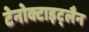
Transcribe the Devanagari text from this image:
टेनोक्टाइट्लैन